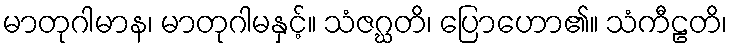
မာတုဂါမာန၊ မာတုဂါမနှင့်။ သံဇဂ္ဃတိ၊ ပြောဟော၏။ သံကီဠတိ၊